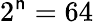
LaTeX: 2^{\mathsf{n}}=64